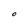
Character: O